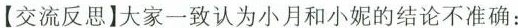
【交流反思】大家一致认为小月和小妮的结论不准确：